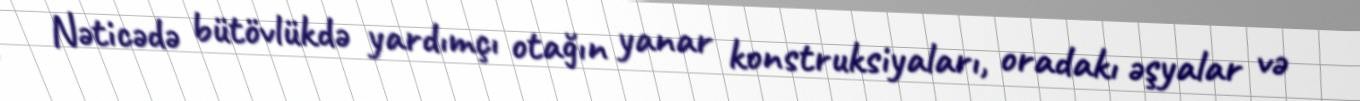
Nəticədə bütövlükdə yardımçı otağın yanar konstruksiyaları, oradakı əşyalar və